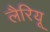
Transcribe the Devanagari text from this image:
लैरियू